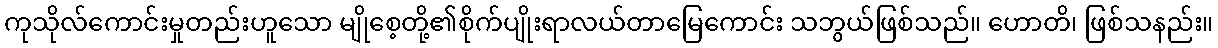
ကုသိုလ်ကောင်းမှုတည်းဟူသော မျိုစေ့တို့၏စိုက်ပျိုးရာလယ်တာမြေကောင်း သဘွယ်ဖြစ်သည်။ ဟောတိ၊ ဖြစ်သနည်း။